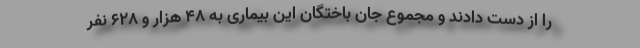
را از دست دادند و مجموع جان باختگان این بیماری به ۴۸ هزار و ۶۲۸ نفر